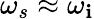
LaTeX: \omega_{s}\approx\omega_{\mathbf{i}}